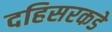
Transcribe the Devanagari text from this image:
दहिसरकडे